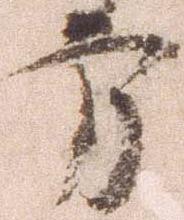
方